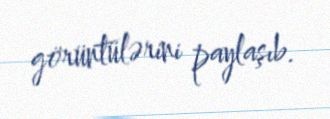
görüntülərini paylaşıb.